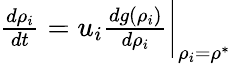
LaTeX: \begin{array}{r}{\frac{d\rho_{i}}{dt}=u_{i}\frac{dg(\rho_{i})}{d\rho_{i}}\bigg|_{\rho_{i}=\rho^{*}}}\end{array}